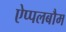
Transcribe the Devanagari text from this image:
ऐप्पलबौम